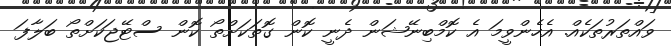
ވައްތަރުތަކެއް. އެހެންވީމަ އެ ކޮމްބިނޭޝަން ދެނީ ކޮން ގޮތަކަށްތޯ ކޮން ސްޓޭޖަކަށްތޯ ބަލާފަ